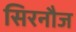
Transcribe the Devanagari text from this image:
सिरनौज